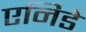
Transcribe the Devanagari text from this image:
एनिडे